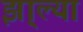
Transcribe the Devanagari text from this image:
झा्ल्या